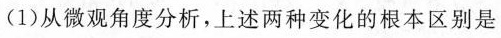
(1)从微观角度分析，上述两种变化的根本区别是